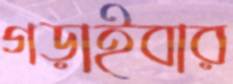
গড়াইবার